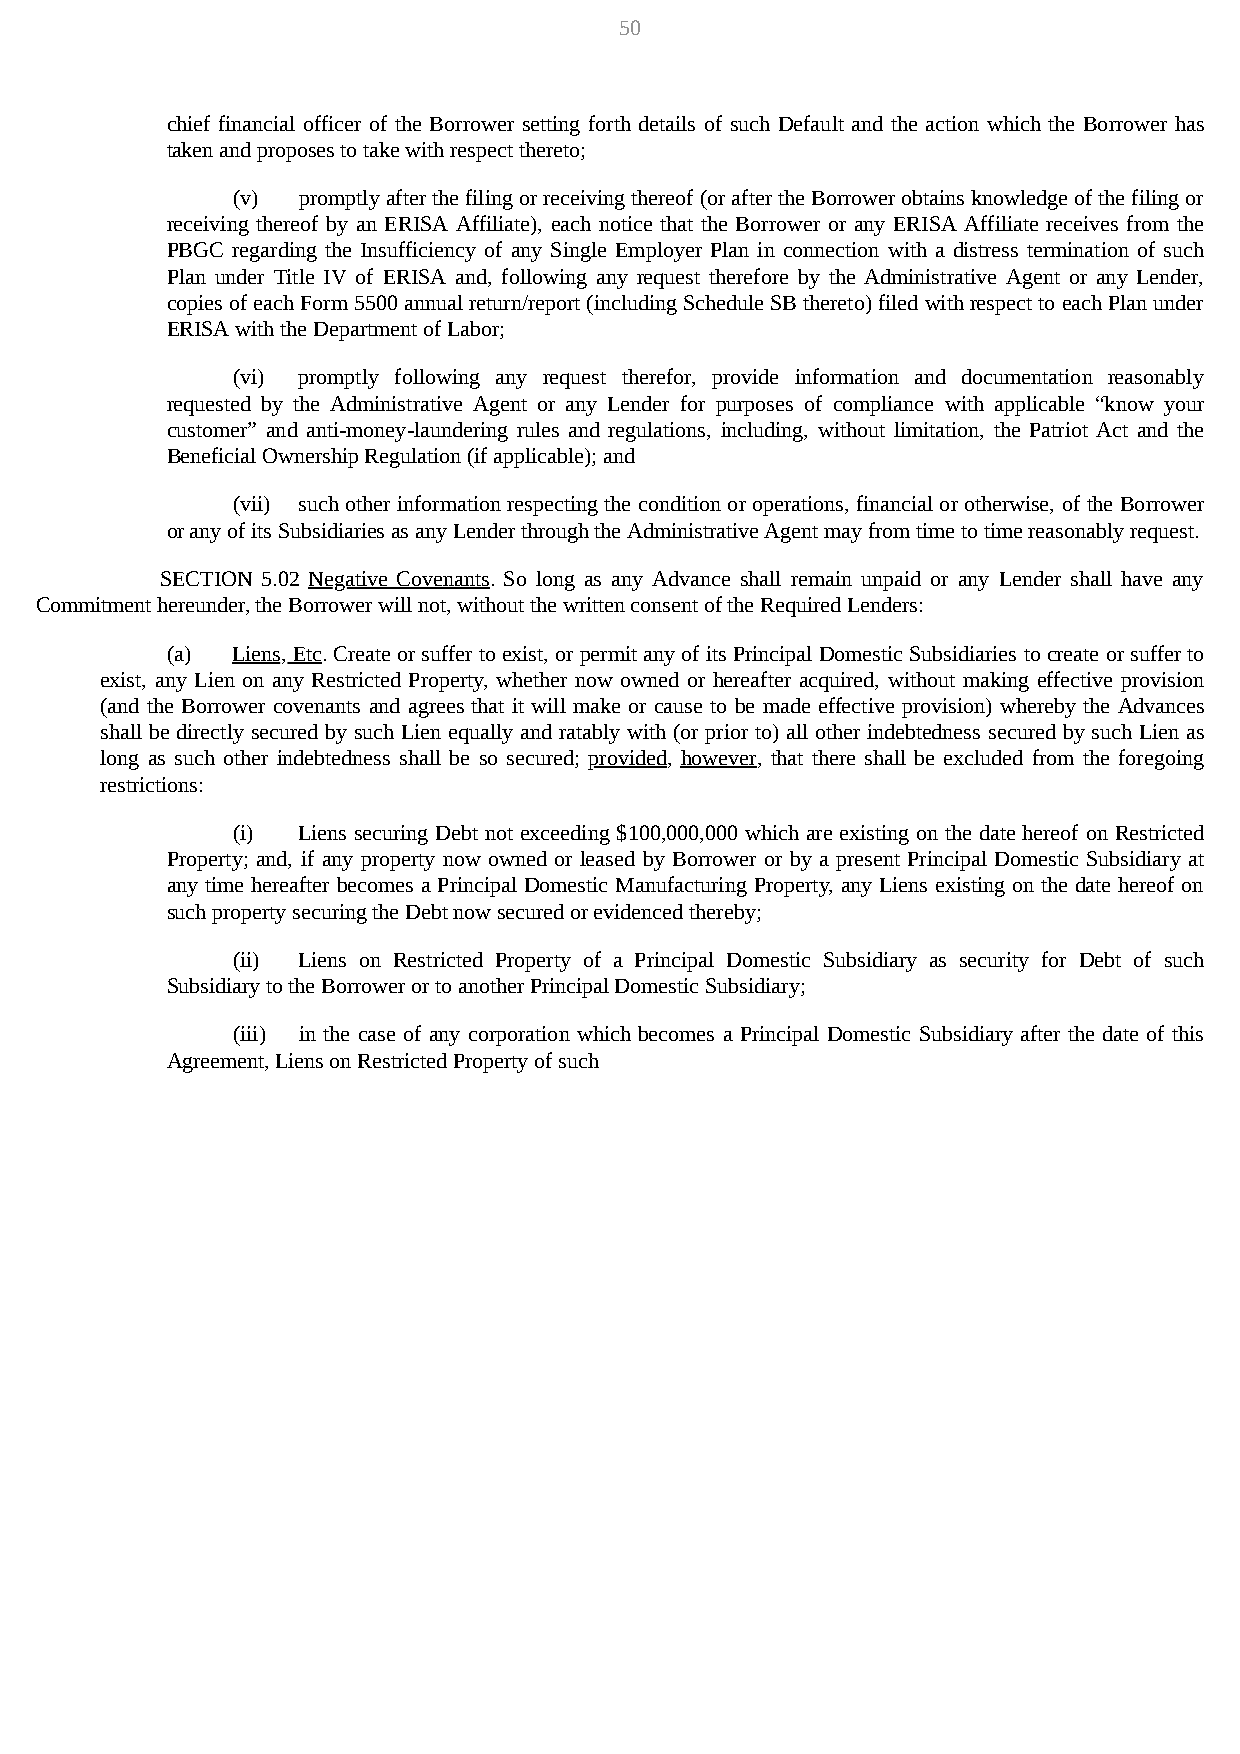
50
 chief financial officer of the Borrower setting forth details of such Default and the action which the Borrower has
 taken and proposes to take with respect thereto;
 (v)  promptly after the filing or receiving thereof (or after the Borrower obtains knowledge of the filing or
 receiving thereof by an ERISA Affiliate), each notice that the Borrower or any ERISA Affiliate receives from the
 PBGC regarding the Insufficiency of any Single Employer Plan in connection with a distress termination of such
 Plan under Title IV of ERISA and, following any request therefore by the Administrative Agent or any Lender,
 copies of each Form 5500 annual return/report (including Schedule SB thereto) filed with respect to each Plan under
 ERISA with the Department of Labor;
 (vi) promptly following any request therefor, provide information and documentation reasonably
 requested by the Administrative Agent or any Lender for purposes of compliance with applicable “know your
 customer” and anti-money-laundering rules and regulations, including, without limitation, the Patriot Act and the
 Beneficial Ownership Regulation (if applicable); and
 (vii) such other information respecting the condition or operations, financial or otherwise, of the Borrower
 or any of its Subsidiaries as any Lender through the Administrative Agent may from time to time reasonably request.
 SECTION 5.02 Negative Covenants. So long as any Advance shall remain unpaid or any Lender shall have any
 Commitment hereunder, the Borrower will not, without the written consent of the Required Lenders:
 (a) Liens, Etc. Create or suffer to exist, or permit any of its Principal Domestic Subsidiaries to create or suffer to
 exist, any Lien on any Restricted Property, whether now owned or hereafter acquired, without making effective provision
 (and the Borrower covenants and agrees that it will make or cause to be made effective provision) whereby the Advances
 shall be directly secured by such Lien equally and ratably with (or prior to) all other indebtedness secured by such Lien as
 long as such other indebtedness shall be so secured; provided, however, that there shall be excluded from the foregoing
 restrictions:
 (i)  Liens securing Debt not exceeding $100,000,000 which are existing on the date hereof on Restricted
 Property; and, if any property now owned or leased by Borrower or by a present Principal Domestic Subsidiary at
 any time hereafter becomes a Principal Domestic Manufacturing Property, any Liens existing on the date hereof on
 such property securing the Debt now secured or evidenced thereby;
 (ii) Liens on Restricted Property of a Principal Domestic Subsidiary as security for Debt of such
 Subsidiary to the Borrower or to another Principal Domestic Subsidiary;
 (iii) in the case of any corporation which becomes a Principal Domestic Subsidiary after the date of this
 Agreement, Liens on Restricted Property of such